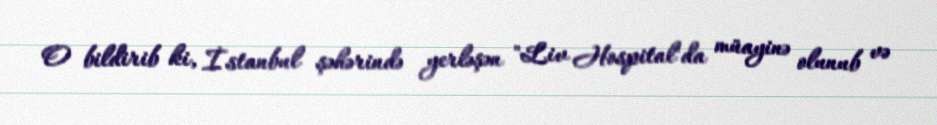
O bildirib ki, İstanbul şəhərində yerləşən "Liv Hospital"da müayinə olunub və